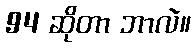
94 ဆိုတာ ဘာလဲ။